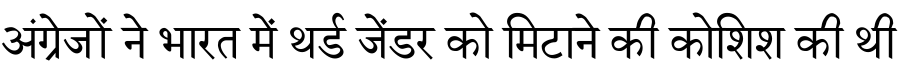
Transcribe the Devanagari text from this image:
अंग्रेजों ने भारत में थर्ड जेंडर को मिटाने की कोशिश की थी